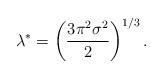
LaTeX: \begin{align*} \lambda^* = \left(\frac{ 3\pi^2 \sigma^2 }{2} \right)^{1/3}.\end{align*}